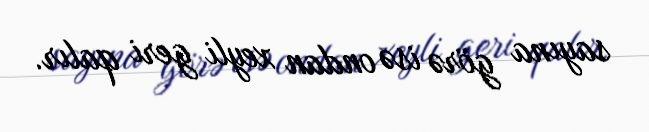
sayına görə isə ondan xeyli geri qalır.